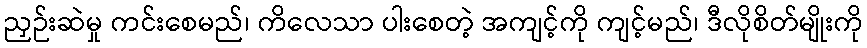
ညှဉ်းဆဲမှု ကင်းစေမည်၊ ကိလေသာ ပါးစေတဲ့ အကျင့်ကို ကျင့်မည်၊ ဒီလိုစိတ်မျိုးကို